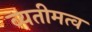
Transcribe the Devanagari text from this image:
व्यतीमत्व